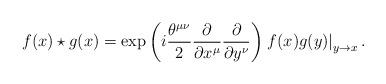
LaTeX: \begin{align*}f(x)\star g(x)=\exp\left(i\frac{\theta^{\mu\nu}}{2}\frac{\partial}{\partial x^\mu}\frac{\partial}{\partial y^\nu} \right)\left. f(x)g(y) \right|_{y\to x}.\end{align*}